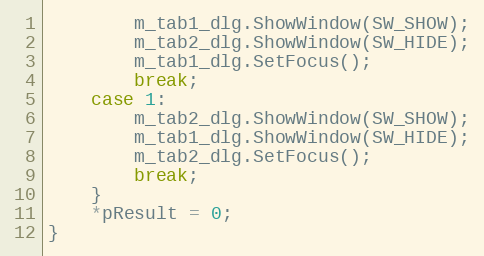
Language: C++
		m_tab1_dlg.ShowWindow(SW_SHOW);
		m_tab2_dlg.ShowWindow(SW_HIDE);
		m_tab1_dlg.SetFocus();
		break;
	case 1:
		m_tab2_dlg.ShowWindow(SW_SHOW);
		m_tab1_dlg.ShowWindow(SW_HIDE);
		m_tab2_dlg.SetFocus();
		break;
	}
	*pResult = 0;
}